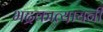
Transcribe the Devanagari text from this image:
भद्रकात्यायनी